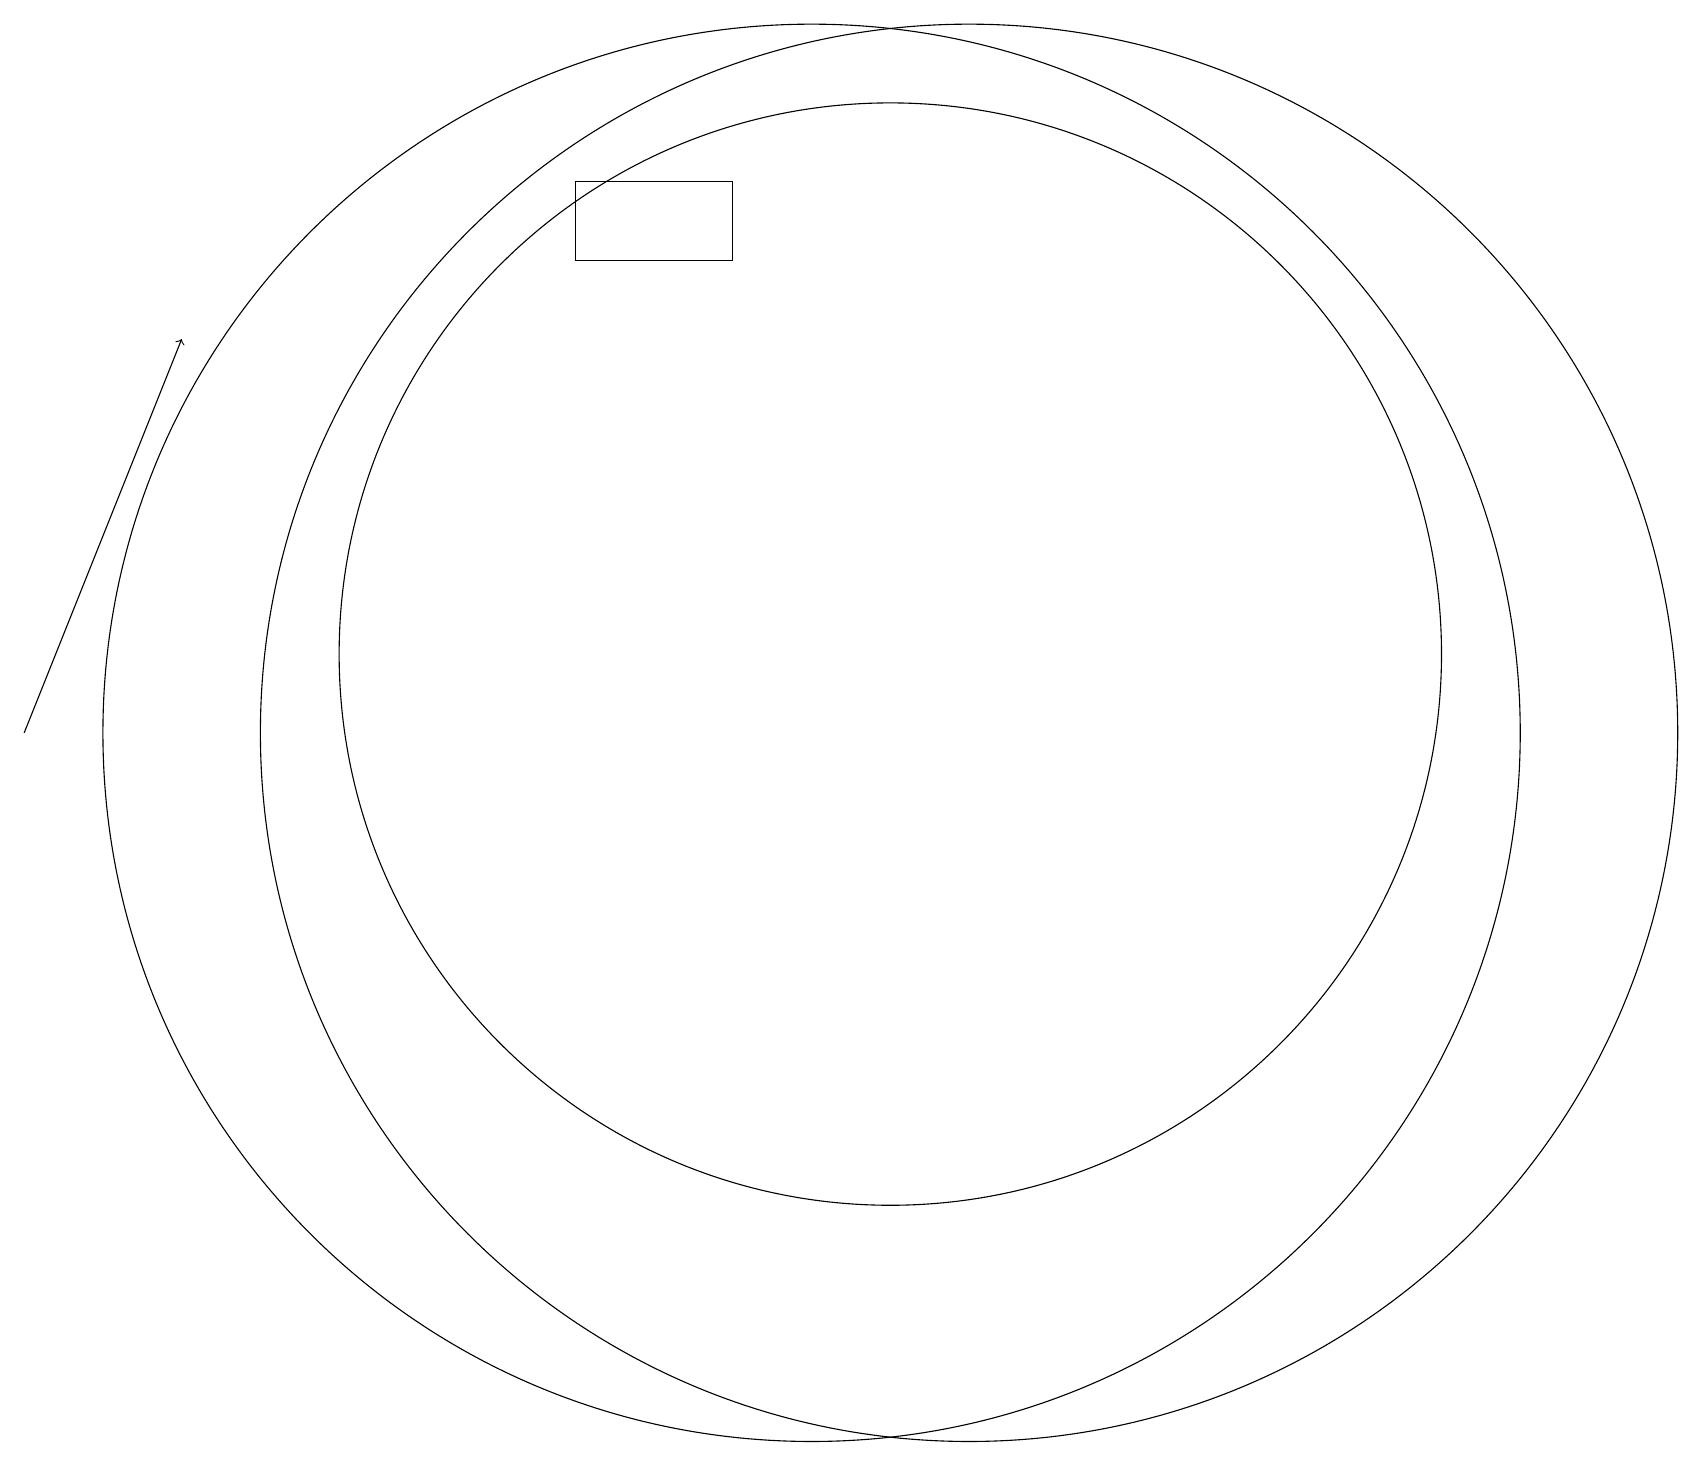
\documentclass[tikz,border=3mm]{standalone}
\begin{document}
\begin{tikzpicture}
\draw (11,11) circle (7);
\draw (10,10) circle (9);
\draw[->] (0,10) -- (2,15);
\draw (7,17) rectangle (9,16);
\draw (12,10) circle (9);
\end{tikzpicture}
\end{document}